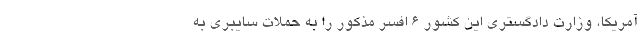
آمریکا، وزارت دادگستری این کشور 6 افسر مذکور را به حملات سایبری به